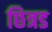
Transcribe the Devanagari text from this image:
छित्रड